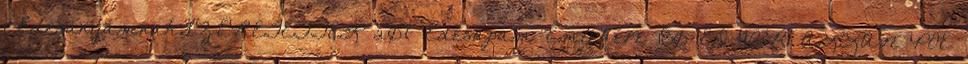
1 ÉdesanyámnakSZERETETTEL 207 Édesapám Emlékére 180 EDGAR ALLAN POE